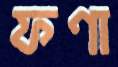
ফণা